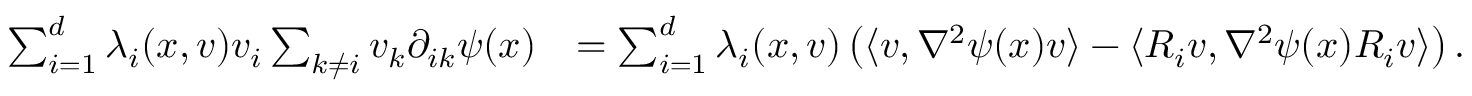
\begin{array} { r l } { \sum _ { i = 1 } ^ { d } \lambda _ { i } ( x , v ) v _ { i } \sum _ { k \neq i } v _ { k } \partial _ { i k } \psi ( x ) } & { = \sum _ { i = 1 } ^ { d } \lambda _ { i } ( x , v ) \left( \langle v , \nabla ^ { 2 } \psi ( x ) v \rangle - \langle R _ { i } v , \nabla ^ { 2 } \psi ( x ) R _ { i } v \rangle \right) . } \end{array}